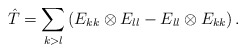
\begin{align*}\hat T = \sum_{k>l} \left(E_{kk}\otimes E_{ll} - E_{ll}\otimes E_{kk} \right). \end{align*}